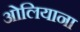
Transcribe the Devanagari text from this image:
ओलियाना